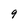
Character: 9